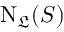
\mathrm { N } _ { \mathfrak { L } } ( S )